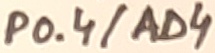
Text: P0.4/AD4